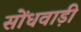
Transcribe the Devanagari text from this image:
सोंधवाड़ी